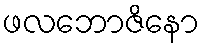
ဖလဘောဇိနော